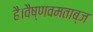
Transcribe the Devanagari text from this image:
है।वैष्णवमताब्ज